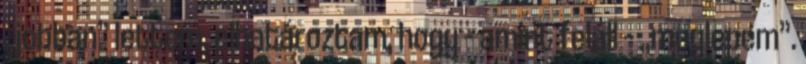
„jobban” lettem, elhatároztam, hogy – amint feláll – „meglepem”.